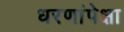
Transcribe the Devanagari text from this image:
धरणांपेक्षा